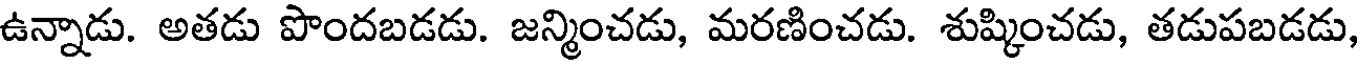
ఉన్నాడు. అతడు పొందబడడు. జన్మించడు, మరణించడు. శుష్కించడు, తడుపబడడు,